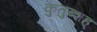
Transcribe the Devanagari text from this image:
कुतुब्शह्